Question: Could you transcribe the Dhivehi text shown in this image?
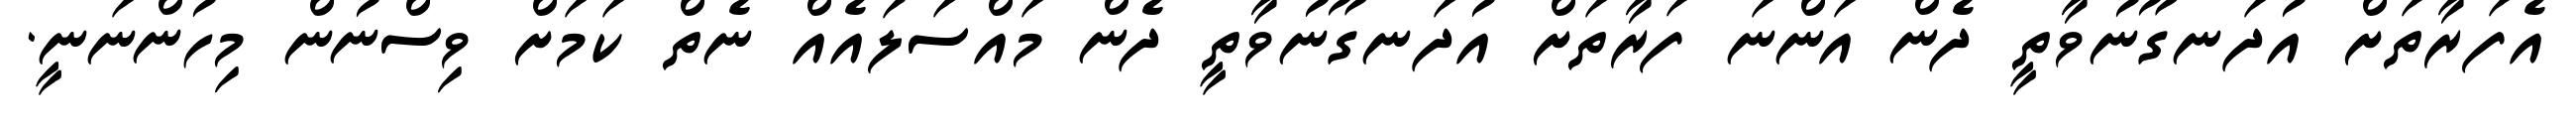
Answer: އެފަރާތަށް އުދަނގޫނުވާތީ ދެން އަންނަ ފަރާތަށް އުދަނގޫނުވާތީ ދެން މައްސަލައެއް ނެތް ކަމަށް ވިސްނުން މިހުންނަނީ.